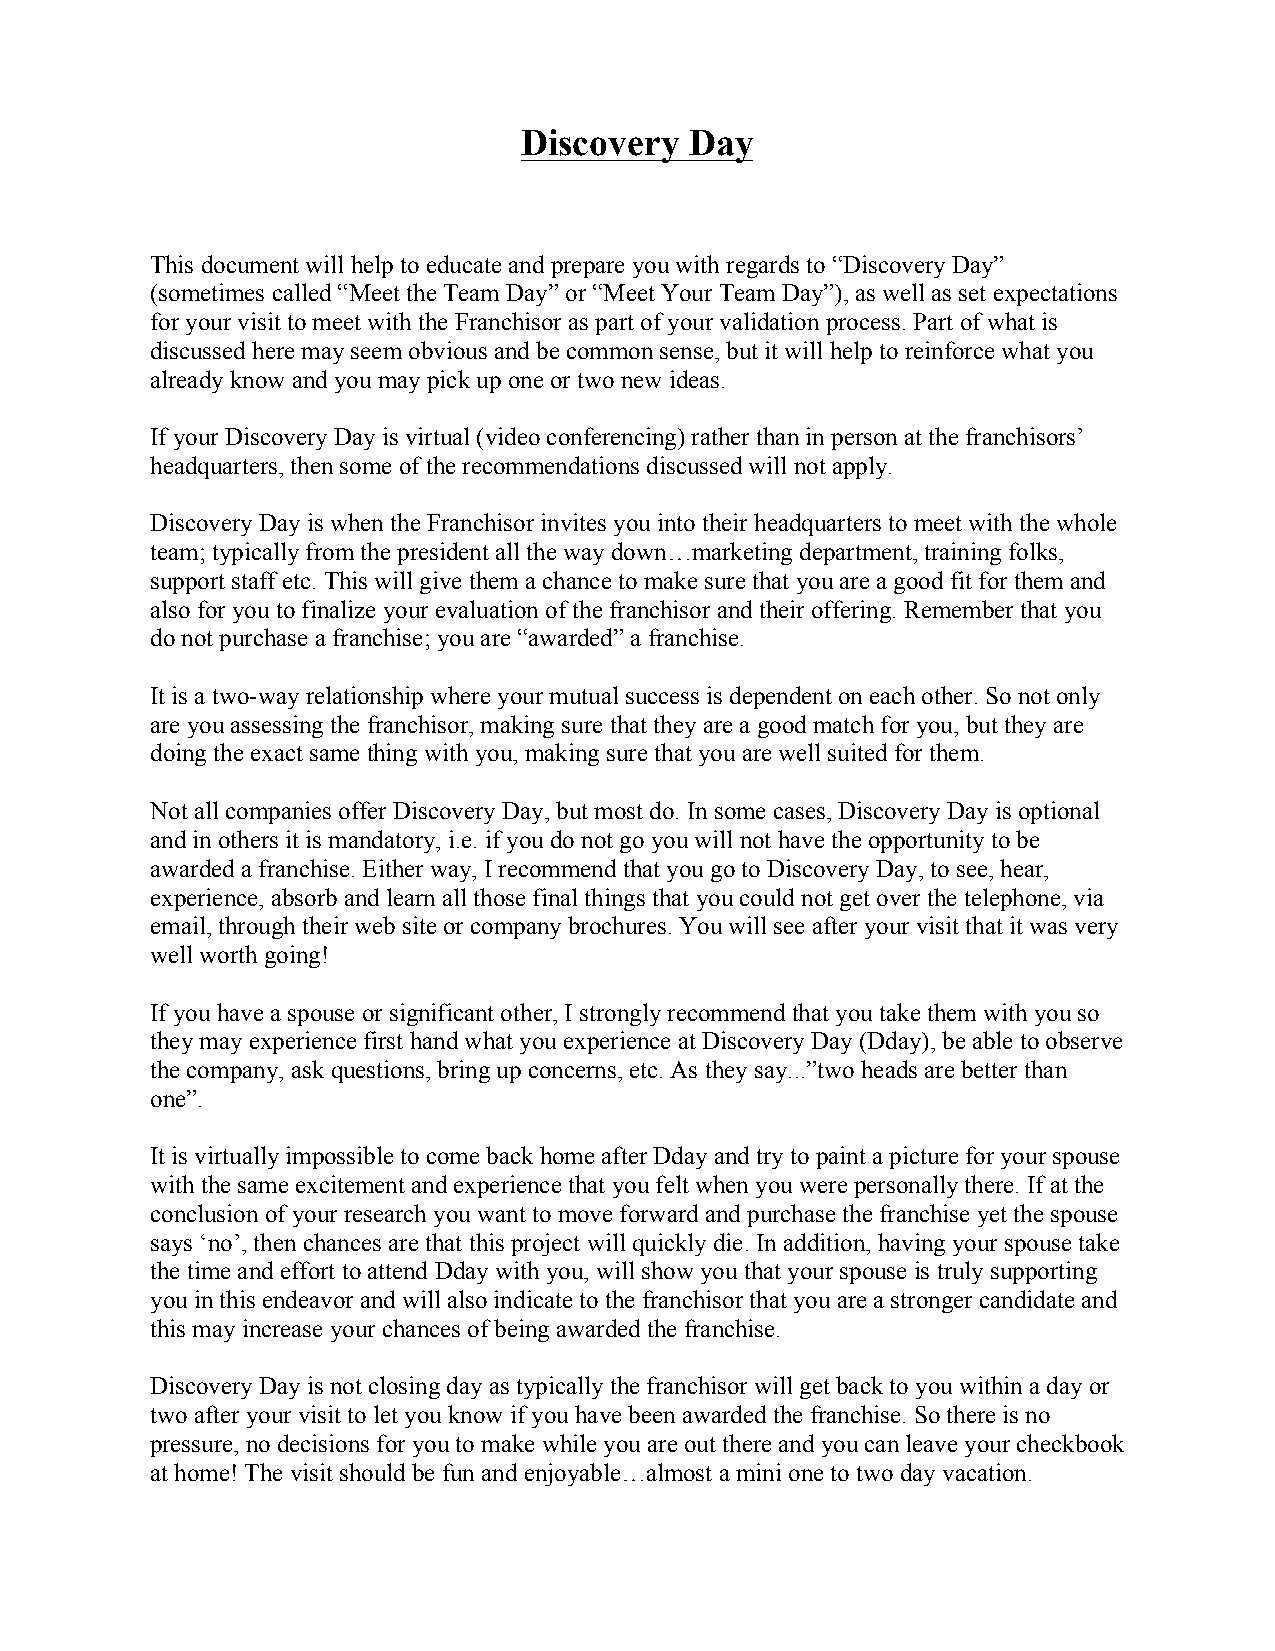
Discovery  Day
 This document will help to educate and prepare you with regards to “Discovery Day”
 (sometimes called “Meet the Team Day” or “Meet Your Team Day”), as well as set expectations
 for your visit to meet with the Franchisor as part of your validation process. Part of what is
 discussed here may seem obvious and be common sense, but it will help to reinforce what you
 already know and you may pick up one or two new ideas.
 If your Discovery Day is virtual (video conferencing) rather than in person at the franchisors’
 headquarters, then some of the recommendations discussed will not apply.
 Discovery Day is when the Franchisor invites you into their headquarters to meet with the whole
 team; typically from the president all the way down…marketing department, training folks,
 support staff etc. This will give them a chance to make sure that you are a good fit for them and
 also for you to finalize your evaluation of the franchisor and their offering. Remember that you
 do not purchase a franchise; you are “awarded” a franchise.
 It is a two-way relationship where your mutual success is dependent on each other. So not only
 are you assessing the franchisor, making sure that they are a good match for you, but they are
 doing the exact same thing with you, making sure that you are well suited for them.
 Not all companies offer Discovery Day, but most do. In some cases, Discovery Day is optional
 and in others it is mandatory, i.e. if you do not go you will not have the opportunity to be
 awarded a franchise. Either way, I recommend that you go to Discovery Day, to see, hear,
 experience, absorb and learn all those final things that you could not get over the telephone, via
 email, through their web site or company brochures. You will see after your visit that it was very
 well worth going!
 If you have a spouse or significant other, I strongly recommend that you take them with you so
 they may experience first hand what you experience at Discovery Day (Dday), be able to observe
 the company, ask questions, bring up concerns, etc. As they say...”two heads are better than
 one”.
 It is virtually impossible to come back home after Dday and try to paint a picture for your spouse
 with the same excitement and experience that you felt when you were personally there. If at the
 conclusion of your research you want to move forward and purchase the franchise yet the spouse
 says ‘no’, then chances are that this project will quickly die. In addition, having your spouse take
 the time and effort to attend Dday with you, will show you that your spouse is truly supporting
 you in this endeavor and will also indicate to the franchisor that you are a stronger candidate and
 this may increase your chances of being awarded the franchise.
 Discovery Day is not closing day as typically the franchisor will get back to you within a day or
 two after your visit to let you know if you have been awarded the franchise. So there is no
 pressure, no decisions for you to make while you are out there and you can leave your checkbook
 at home! The visit should be fun and enjoyable…almost a mini one to two day vacation.